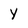
Character: Y